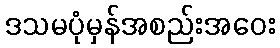
ဒသမပုံမှန်အစည်းအဝေး